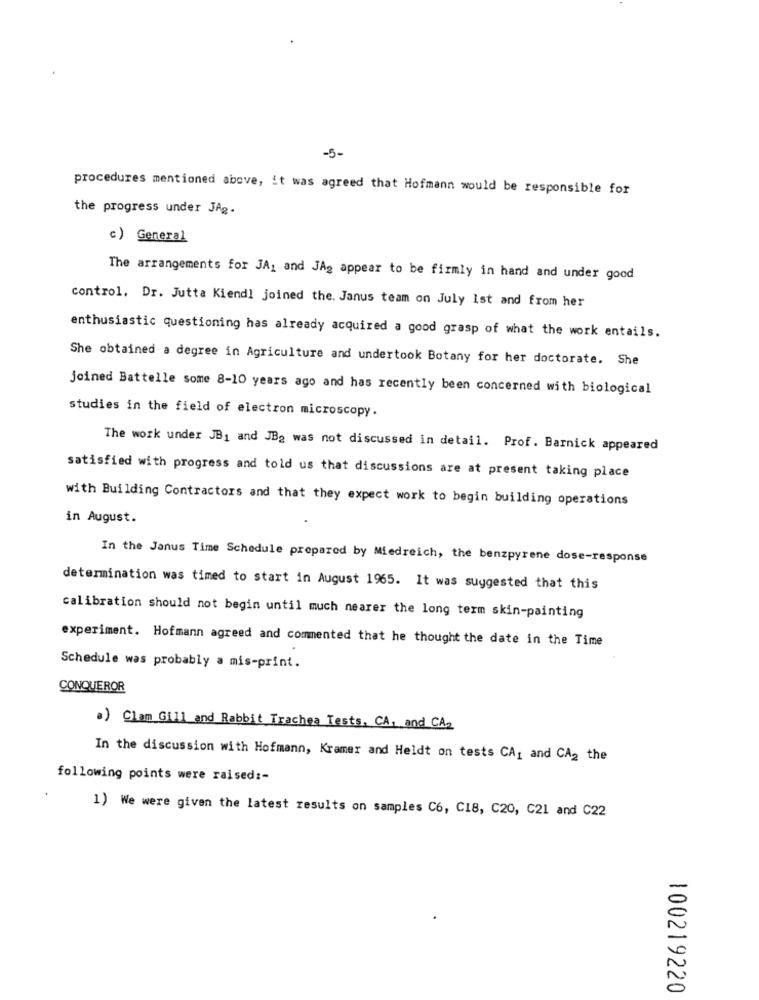
-5-
procedures mentioned above, it was agreed that Hofmann would be responsible for
the progress under JAg.
c) General
The arrangements for JA, and JA2 appear to be firmly in hand and under good
control. Dr. Jutta Kiendl joined the. Janus team on July Ist and from her
enthusiastic questioning has already acquired a good grasp of what the work entails.
She obtained a degree in Agriculture and undertook Botany for her doctorate. She
joined Battelle some 8-10 years ago and has recently been concerned with biological
studies in the field of electron microscopy.
The work under JB1 and JB2 was not discussed in detail. Prof. Barnick appeared
satisfied with progress and told us that discussions are at present taking place
with Building Contractors and that they expect work to begin building operations
in August.
In the Janus Time Schedule prepared by Miedreich, the benzpyrene dose-response
determination was timed to start in August 1965. It was suggested that this
calibration should not begin until much nearer the long term skin-painting
experiment. Hofmann agreed and commented that he thought the date in the Time
Schedule was probably a mis-print.
CONQUEROR
a) Clam Gill and Rabbit Trachea Tests, CA, and CA2
In the discussion with Hofmann, Kramer and Heldt on tests CA, and CA2 the
following points were raised :-
1) We were given the latest results on samples C6, C18, C20, C21 and C22
100219220